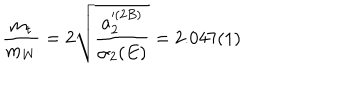
\frac { m _ { t } } { m _ { W } } = 2 \sqrt { \frac { a _ { 2 } ^ { ( 2 B ) } } { \alpha _ { 2 } ( E ) } } = 2 . 0 4 7 ( 1 )